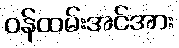
ဝန်ထမ်းအင်အား